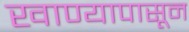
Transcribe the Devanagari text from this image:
खाण्यापासून